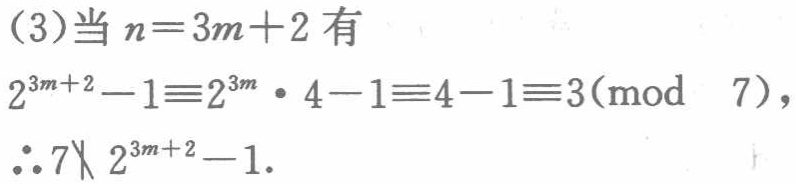
(3)当 \(n = 3m + 2\) 有

\[

\begin{align*}

2^{3m + 2}-1&\equiv2^{3m}\cdot4 - 1\equiv4 - 1\equiv3\pmod{7},\\

\therefore 7&\nmid 2^{3m + 2}-1.

\end{align*}

\]